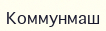
Коммунмаш